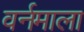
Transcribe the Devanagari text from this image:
वर्नमाला